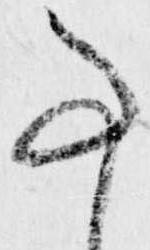
事